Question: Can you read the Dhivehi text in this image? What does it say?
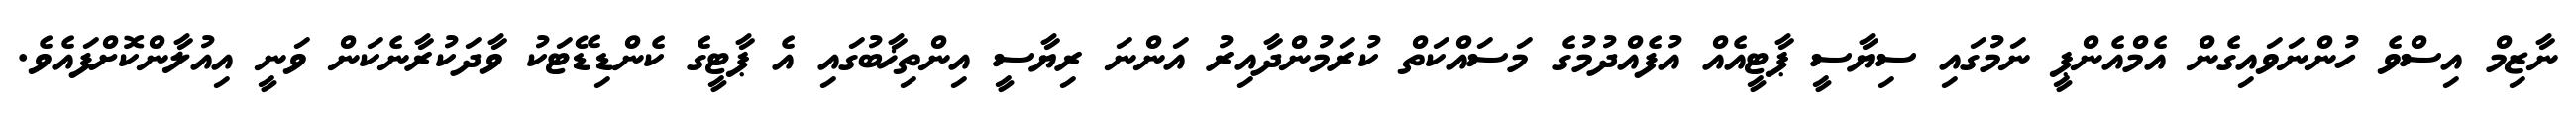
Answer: ނާޒިމް އިސްވެ ހުންނަވައިގެން އެމްއެންޕީ ނަމުގައި ސިޔާސީ ޕާޓީއެއް އުފެއްދުމުގެ މަސައްކަތް ކުރަމުންދާއިރު އަންނަ ރިޔާސީ އިންތިޚާބުގައި އެ ޕާޓީގެ ކެންޑިޑޭޓަކު ވާދަކުރާނެކަން ވަނީ އިއުލާންކޮށްފައެވެ.